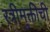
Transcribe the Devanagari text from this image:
स्त्रीमुक्तीची